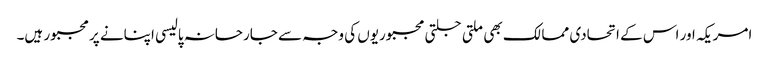
امریکہ اور اس کے اتحادی ممالک بھی ملتی جلتی مجبوریوں کی وجہ سے جارحانہ پالیسی اپنانے پر مجبور ہیں۔